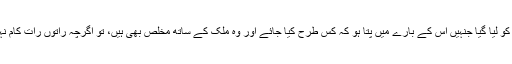
میں سمجھتا ہوں اگر اس میں صحیح جینین میرٹ پر بزنس کمیونٹی کے لوگوں کو لیا گیا جنہیں اس کے بارے میں پتا ہو کہ کس طرح کیا جائے اور وہ ملک کے ساتھ مخلص بھی ہیں، تو اگرچہ راتوں رات کام نہیں بن جائے گا مگر بہت جلد ہمارا ملک بہتر ٹریک پر چلنا شروع ہو جائے گا۔